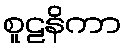
စူဠနိကာ